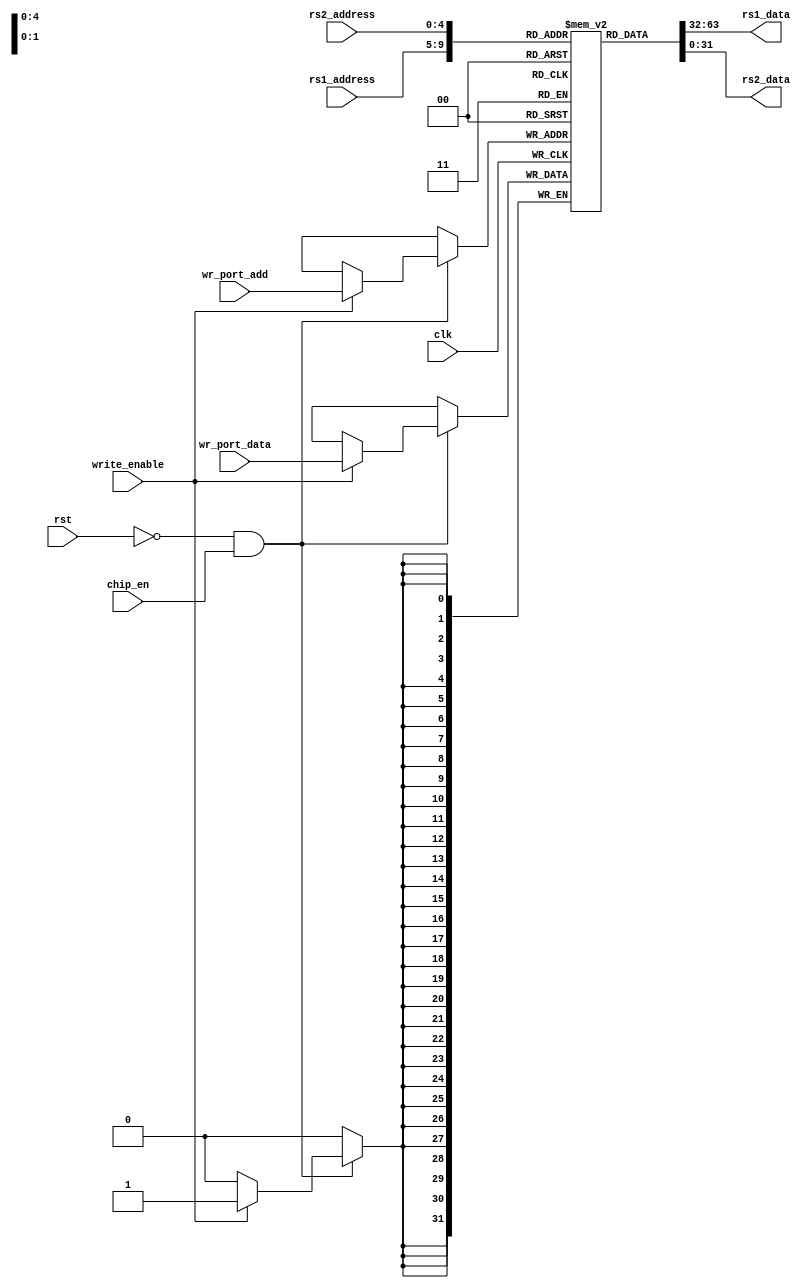
//////////////////////////////////////////////////////////////////////////////////
// 
// Design Name: RISC_TA (RV32I implementation)
// Module Name: REGFILE  
// Description: RISC-V REGFILE  
// 
// Revision: 
// 1.01 : expose reg_mem to the gtkwave
//
//////////////////////////////////////////////////////////////////////////////////

module regfile(
    /* Inputs  */
    input clk, rst , chip_en ,  // Clock & Reset 
    input write_enable,        // 1: write / 0: Read 

    // RD-Port-0: Read (Slave-Port)
    input [4:0]        rs1_address,  // Port0-Read address
    output wire [31:0] rs1_data,

    // RD-Port-1: Read (Slave-Port)
    input [4:0]        rs2_address,
    output wire [31:0] rs2_data,
    
    // WR-Port  Write  (Slave-Port)
    input [4:0]  wr_port_add,
    input [31:0] wr_port_data
    );

reg [31:0] reg_mem[0:31] ;

integer i = 0;

initial 
    begin
      for (i=0; i<32; i=i+1) reg_mem[i] = 0;
    end
    

always@ (posedge clk)
  begin
    if (!rst && chip_en)
      begin
        if (write_enable)
          reg_mem[wr_port_add] = wr_port_data;           
      end 
  end   

assign rs1_data = reg_mem[rs1_address];
assign rs2_data = reg_mem[rs2_address];

// Only for simulation expose the registers
generate
  genvar idx;
  for(idx = 0; idx < 32; idx = idx+1) begin: register
    wire [31:0] tmp;
    assign tmp = reg_mem[idx];
  end
endgenerate

endmodule